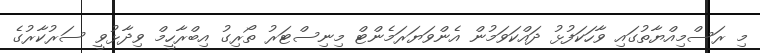
މި ރަސްމިއްޔާތުގައި ވާހަކަފުޅު ދައްކަވަމުން އެންވަޔަރަމެންޓް މިނިސްޓަރު ތޯރިގު އިބްރާހީމް ވިދާޅުވީ ސަރުކާރުގެ